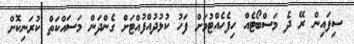
ސިފައިން ރޭ ދެ މަސްބޯޓެއް ހިފެހެއްޓުމަށް ފަހު ކުޅުދުއްފުއްޓަށް ގެންދަން މަސައްކަތް ކުރަނިކޮށް